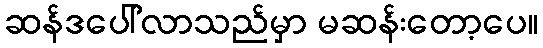
ဆန်ဒပေါ်လာသည်မှာ မဆန်းတော့ပေ။